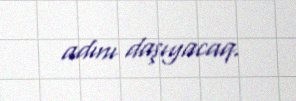
adını daşıyacaq.